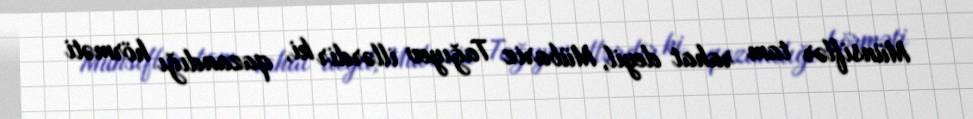
Münsiflər tam rahat deyil, Mübariz Tağıyev illərdir ki, qazandığı hörməti